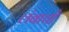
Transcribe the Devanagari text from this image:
लंबाची